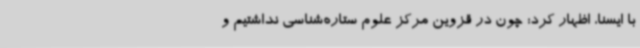
با ایسنا، اظهار کرد: چون در قزوین مرکز علوم ستاره‌شناسی نداشتیم و